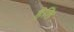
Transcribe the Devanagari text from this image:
हेलि